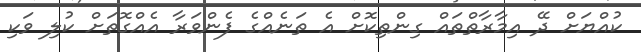
ކުއްޔަށް ދޭ އިމާރާތްތައް ގިންތިކޮށް އެ ތަނެއްގެ ފެންވަރާ އެއްގޮތަށް ކުލި ވަކި